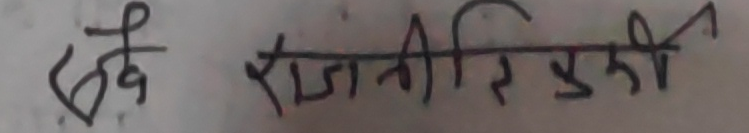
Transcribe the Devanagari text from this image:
छे राजनितिक येकी